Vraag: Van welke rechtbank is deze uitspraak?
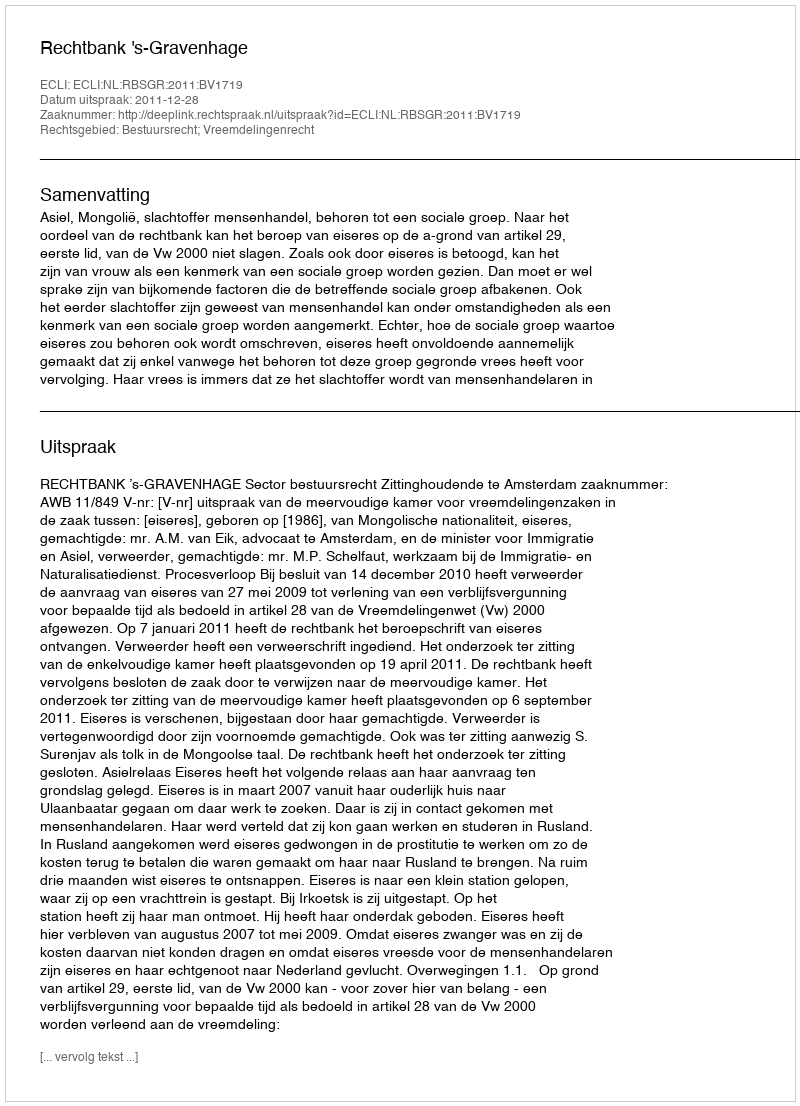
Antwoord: Rechtbank 's-Gravenhage